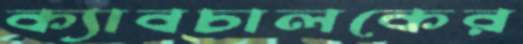
ক্যাবচালকের